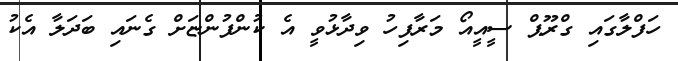
ހަފްލާގައި ގްރޫޕް ސީއީއޯ މަރާފިހު ވިދާޅުވީ އެ ކުންފުންޏަށް ގެނައި ބަދަލާ އެކު